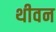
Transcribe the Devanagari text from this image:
थीवन